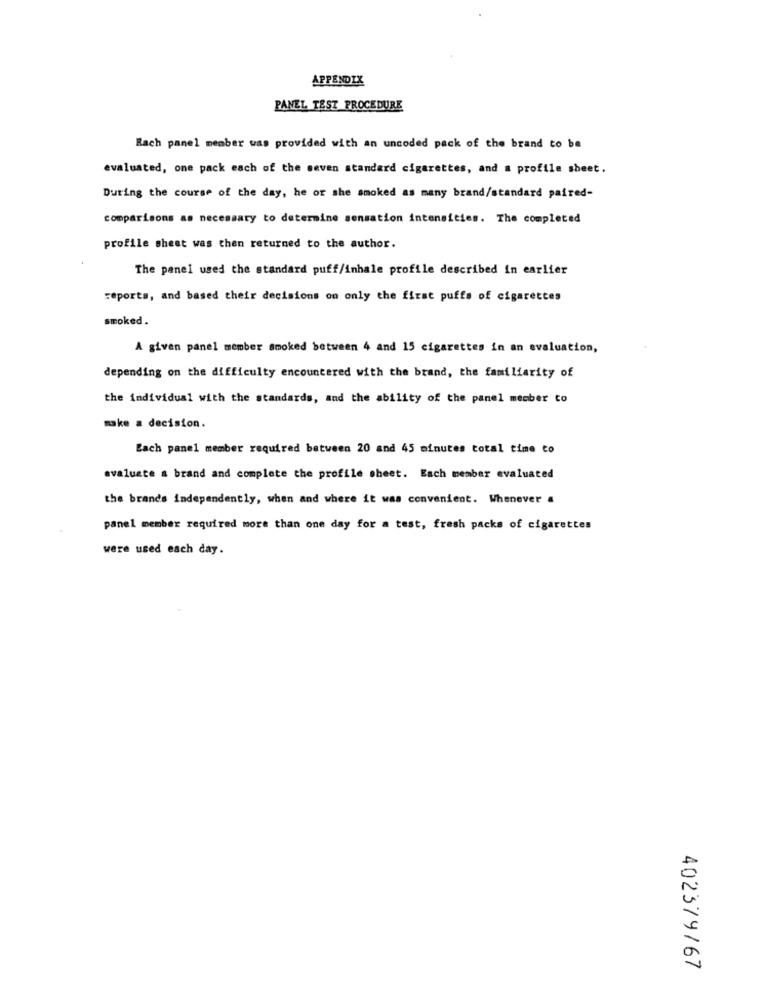
APPENDIX
PANEL TEST PROCEDURE
Bach panel member was provided with an uncoded pack of the brand to be
evaluated, one pack each of the seven standard cigarettes, and a profile sheet.
During the course of the day, he or she smoked as many brand/standard paired-
comparisons as necessary to determine sensation intensities. The completed
profile sheet was then returned to the author.
The panel used the standard puff/inhale profile described in earlier
reports, and based their decisions on only the first puffs of cigarettes
smoked.
A given panel member smoked between 4 and 15 cigarettes in an evaluation,
depending on the difficulty encountered with the brand, the familiarity of
the individual with the standards, and the ability of the panel member to
make a decision.
Each panel member required between 20 and 45 minutes total time to
evaluate a brand and complete the profile sheet. Each member evaluated
the brands independently, when and where it was convenient. Whenever a
panel member required more than one day for a test, fresh packs of cigarettes
were used each day.
402379/67